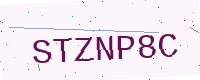
Text: STZNP8C